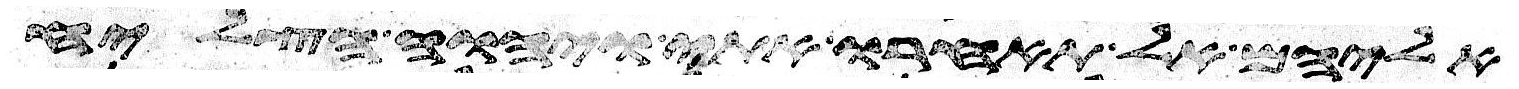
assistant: אליהם אל תאחרו אתי ויהוה הצליח